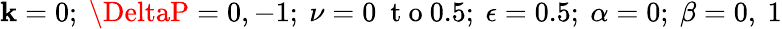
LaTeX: \mathbf{k}=0;~\DeltaP=0,-1;~\nu=0~\mathrm{{~t~o~}}0.5;~\epsilon=0.5;~\alpha=0;~\beta=0,~1